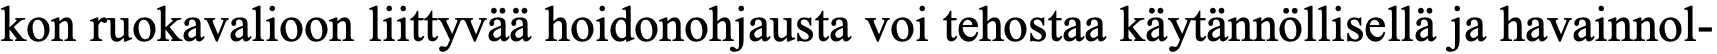
kon ruokavalioon liittyvää hoidonohjausta voi tehostaa käytännöllisellä ja havainnol-